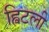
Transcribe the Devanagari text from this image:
ह्विटली